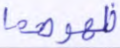
ظهورهما